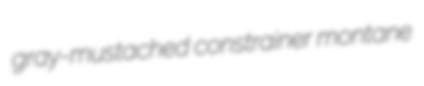
gray-mustached constrainer montane